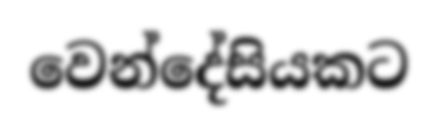
වෙන්දේසියකට